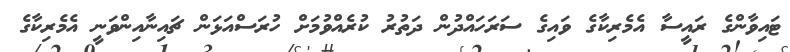
ޓައިވާންގެ ރައީސާ އެމެރިކާގެ ވައިގެ ސަރަހައްދުން ދަތުރު ކުރެއްވުމަށް ހުރަސްއަޅަން ޗައިނާއިންވަނީ އެމެރިކާގެ